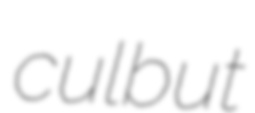
culbut